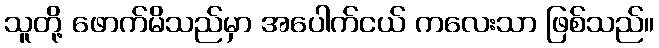
သူတို့ ဖောက်မိသည်မှာ အပေါက်ငယ် ကလေးသာ ဖြစ်သည်။